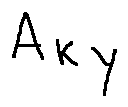
A _ { k _ { Y } }